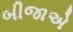
બીજાએ